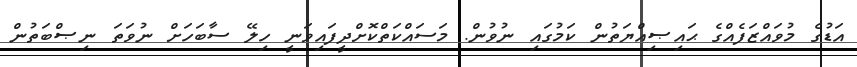
އަޑުގެ މުވައްޒަފެއްގެ ޙައިޞިއްޔަތުން ކަމުގައި ނުވުން. މަސައްކަތްކޮށްދީފައިވަނީ ހިލޭ ސާބަހަށް ނުވަތަ ނިޞްބަތުން